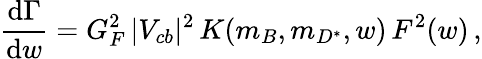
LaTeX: {\frac{\mathrm{d}\Gamma}{\mathrm{d}w}}=G_{F}^{2}\, |V_{cb}|^{2}\, K(m_{B},m_{D^{*}},w)\, F^{2}(w)\, ,